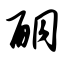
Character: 酮